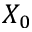
X _ { 0 }